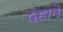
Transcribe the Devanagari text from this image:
दहाने